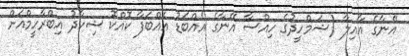
އޭނާގެ އާއިލާ (ޝަމްހީދުގެ ހިއްސާ އޭނާގެ އެއްބަޑު އެއްބަފާ ކޮއްކޮ ޝިހާދު އިބްރާހީމްއަށް